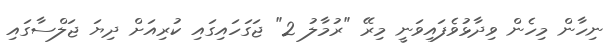
ނިހާން މިހެން ވިދާޅުވެފައިވަނީ މިރޭ "ރުމާލު 2" ޖަގަހައިގައި ކުރިއަށް ދިޔަ ޖަލްސާގައި